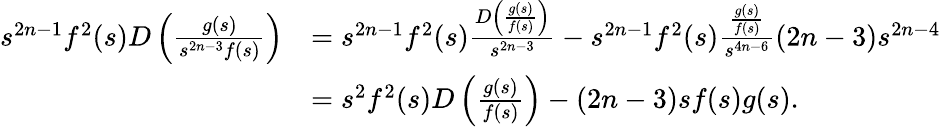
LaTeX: \begin{array}{rl}{s^{2n-1}f^{2}(s)D\left(\frac{g(s)}{s^{2n-3}f(s)}\right)}&{=s^{2n-1}f^{2}(s)\frac{D\left(\frac{g(s)}{f(s)}\right)}{s^{2n-3}}-s^{2n-1}f^{2}(s)\frac{\frac{g(s)}{f(s)}}{s^{4n-6}}(2n-3)s^{2n-4}}\\ &{=s^{2}f^{2}(s)D\left(\frac{g(s)}{f(s)}\right)-(2n-3)sf(s)g(s).}\end{array}